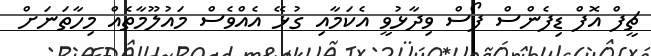
ޗީފް އޮފް ޑިފެންސް ފޯސް ވިދާޅުވީ އެކަމާއި ގުޅޭ އެއްވެސް މައުލޫމާތެއް މިހާތަނަށް